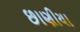
છાણીયા